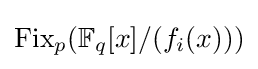
{\textstyle {\text{Fix}}_{p}(\mathbb {F} _{q}[x]/(f_{i}(x)))}